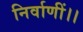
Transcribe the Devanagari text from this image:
निर्वाणीं।।